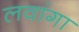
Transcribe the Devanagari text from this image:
लवांगा